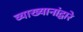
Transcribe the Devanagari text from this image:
व्याख्यानांद्वारे